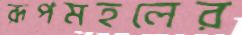
রূপমহলের